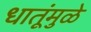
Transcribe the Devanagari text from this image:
धातूंमुळे